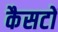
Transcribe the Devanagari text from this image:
कैसटों